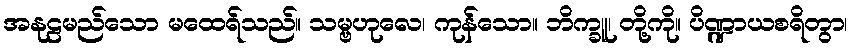
အနုဠမည်သော မထေရ်သည်။ သမ္ဗဟုလေ၊ ကုန်သော။ ဘိက္ခူ၊ တို့ကို။ ပိဏ္ဍာယစရိတွာ၊